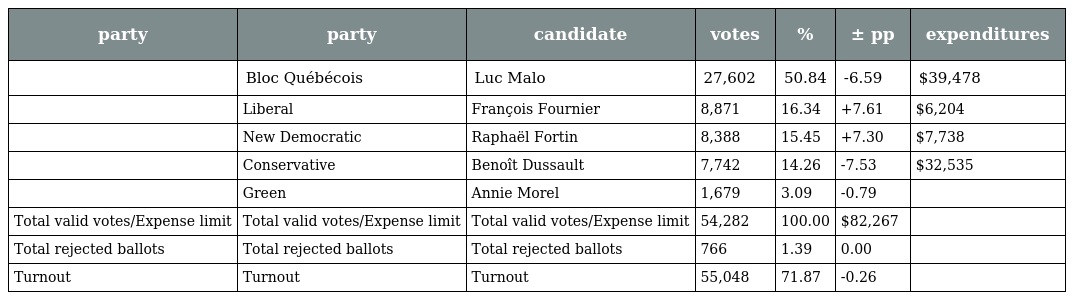
| party | party | candidate | votes | % | ± pp | expenditures |
 | --- | --- | --- | --- | --- | --- | --- |
 |  | Bloc Québécois | Luc Malo | 27,602 | 50.84 | -6.59 | $39,478 |
 |  | Liberal | François Fournier | 8,871 | 16.34 | +7.61 | $6,204 |
 |  | New Democratic | Raphaël Fortin | 8,388 | 15.45 | +7.30 | $7,738 |
 |  | Conservative | Benoît Dussault | 7,742 | 14.26 | -7.53 | $32,535 |
 |  | Green | Annie Morel | 1,679 | 3.09 | -0.79 |  |
 | Total valid votes/Expense limit | Total valid votes/Expense limit | Total valid votes/Expense limit | 54,282 | 100.00 | $82,267 |  |
 | Total rejected ballots | Total rejected ballots | Total rejected ballots | 766 | 1.39 | 0.00 |  |
 | Turnout | Turnout | Turnout | 55,048 | 71.87 | -0.26 |  |